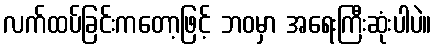
လက်ထပ်ခြင်းကတော့ဖြင့် ဘဝမှာ အရေးကြီးဆုံးပါပဲ။